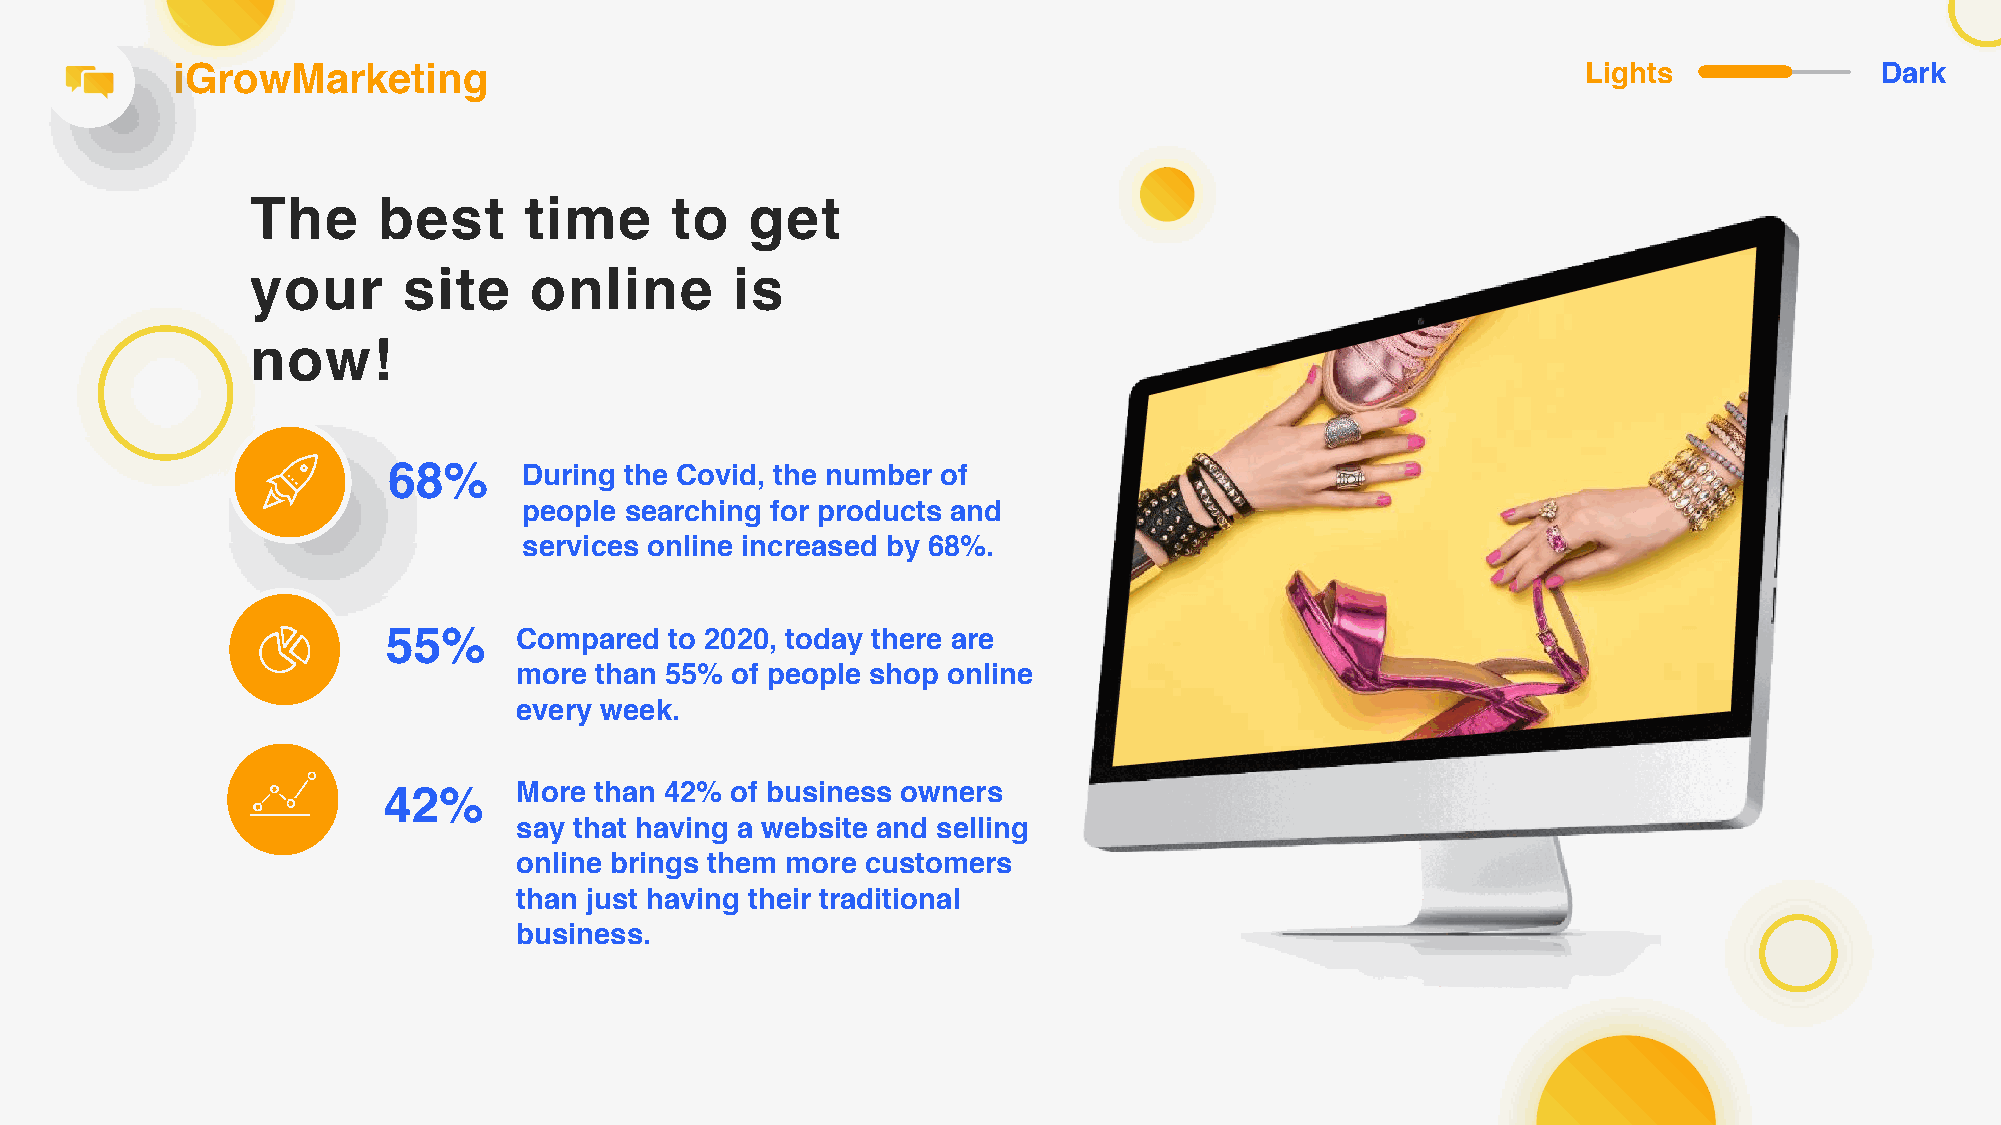
iGrowMarketing                                                                                Lights             Dark
 The     best      time     to    get
 your      site    online       is
 now!
 68%      During the Covid, the number of
 people searching for products and
 services online increased by 68%.
 55%     Compared  to 2020, today there are
 more than 55% of people shop online
 every week.
 42%      More than 42% of business owners
 say that having a website and selling
 online brings them more customers
 than just having their traditional
 business.